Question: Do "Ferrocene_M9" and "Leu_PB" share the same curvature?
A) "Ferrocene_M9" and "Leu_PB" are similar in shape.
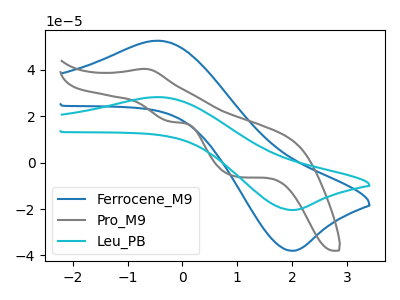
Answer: <think>The blue curve "Ferrocene_M9" has an anodic peak at (-0.45V, 52.55uA) and a cathodic peak at (2.00V, -37.95uA). The gray curve "Pro_M9" has an anodic peak at (-0.70V, 40.40uA) and cathodic peaks at (-0.20V, 17.60uA) (1.00V, -6.05uA). The cyan curve "Leu_PB" has an anodic peak at (-0.45V, 28.25uA) and a cathodic peak at (2.00V, -20.40uA).
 All the peaks in "Ferrocene_M9" have a peak in "Leu_PB" at the same potential. Every peak in "Ferrocene_M9" is higher than every peak in "Leu_PB".</think>
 <answer>A) "Ferrocene_M9" and "Leu_PB" are similar in shape.</answer>
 <eval>A</eval>